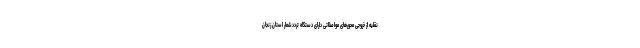
نقلیه از خروجی‌ محورهای مواصلاتی دارای دستگاه ترددشمار استان زنجان